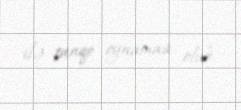
ilə tanqo oynaması olub.